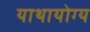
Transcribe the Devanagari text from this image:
याथायोग्य